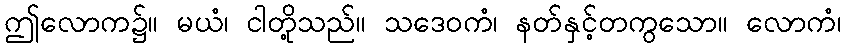
ဤလောက၌။ မယံ၊ ငါတို့သည်။ သဒေဝကံ၊ နတ်နှင့်တကွသော။ လောကံ၊